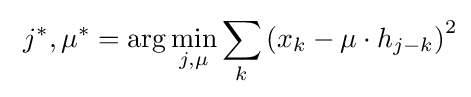
\ j^{*},\mu ^{*}=\arg \min _{j,\mu }\sum _{k}\left(x_{k}-\mu \cdot h_{j-k}\right)^{2}